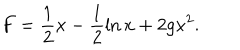
LaTeX: F = \frac { 1 } { 2 } x - \frac { 1 } { 2 } \ln x + 2 g x ^ { 2 } .